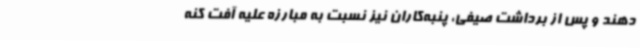
دهند و پس از برداشت صیفی، پنبه‌کاران نیز نسبت به مبارزه علیه آفت کنه